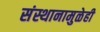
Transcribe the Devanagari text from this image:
संस्थानामुळेही